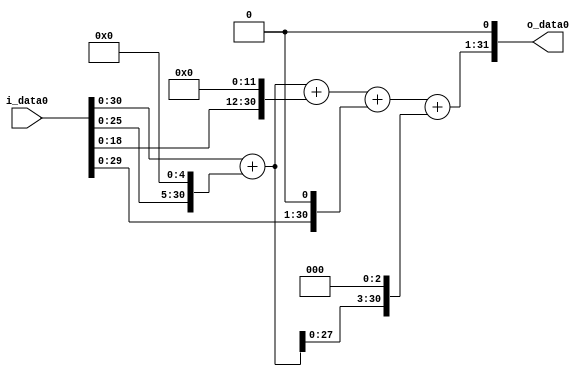
module multiplier_block (
    i_data0,
    o_data0
);

  // Port mode declarations:
  input   [31:0] i_data0;
  output  [31:0]
    o_data0;

  //Multipliers:

  wire [31:0]
    w1,
    w32,
    w33,
    w4096,
    w4129,
    w2,
    w4131,
    w264,
    w4395,
    w8790;

  assign w1 = i_data0;
  assign w2 = w1 << 1;
  assign w264 = w33 << 3;
  assign w32 = w1 << 5;
  assign w33 = w1 + w32;
  assign w4096 = w1 << 12;
  assign w4129 = w33 + w4096;
  assign w4131 = w4129 + w2;
  assign w4395 = w4131 + w264;
  assign w8790 = w4395 << 1;

  assign o_data0 = w8790;

  //multiplier_block area estimate = 7035.33617542206;
endmodule